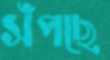
সঁপছে